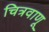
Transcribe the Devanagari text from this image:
चित्रवाणू